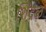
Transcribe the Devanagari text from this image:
शिंदळ